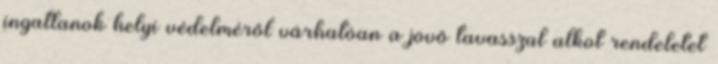
ingatlanok helyi védelméről várhatóan a jövő tavasszal alkot rendeletet